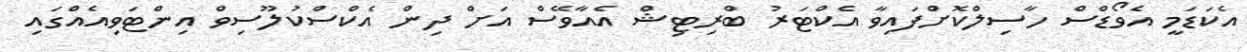
އެކަޑަމީ އެވޯޑްސް ހާސިލްކޮށްފައިވާ އެކްޓަރު ބްރިޓިޝް އެއާވޭސް އަށް ދިން އެކްސްކުލޫސިވް އިންޓަވިއެއްގައި